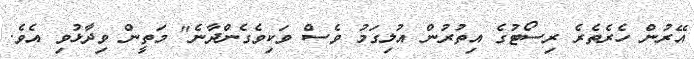
އޭރުން ހެރެތެރެ ރިސޯޓުގެ އިތުރުން އުލިގަމު ވެސް ވަކިވެގެންދާނެ" މަތީން ވިދާޅުވި އެވެ.